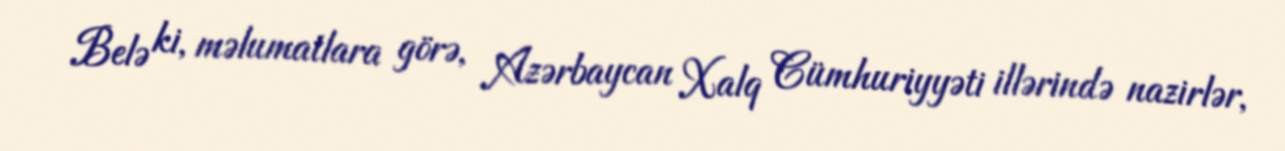
Belə ki, məlumatlara görə, Azərbaycan Xalq Cümhuriyyəti illərində nazirlər,